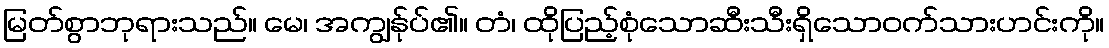
မြတ်စွာဘုရားသည်။ မေ၊ အကျွန်ုပ်၏။ တံ၊ ထိုပြည့်စုံသောဆီးသီးရှိသောဝက်သားဟင်းကို။